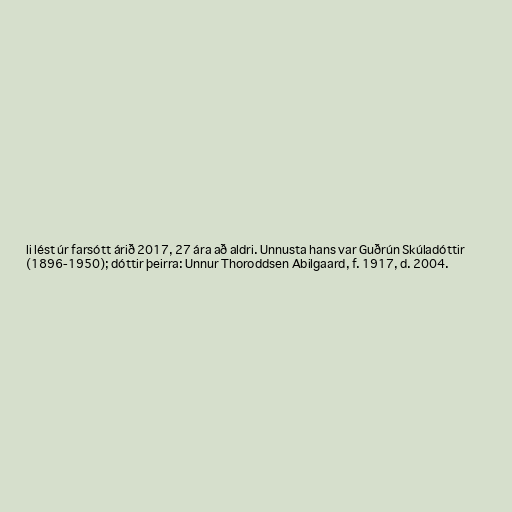
li lést úr farsótt árið 2017, 27 ára að aldri. Unnusta hans var Guðrún Skúladóttir
(1896-1950); dóttir þeirra: Unnur Thoroddsen Abilgaard, f. 1917, d. 2004.